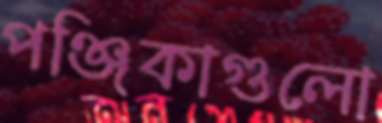
পঞ্জিকাগুলো